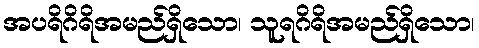
အပရိဂိရိအမည်ရှိသော၊ သူရဂိရိအမည်ရှိသော၊